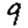
Digit: 9